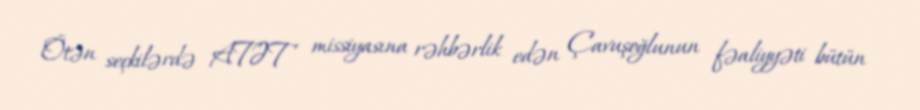
Ötən seçkilərdə ATƏT missiyasına rəhbərlik edən Çavuşoğlunun fəaliyyəti bütün